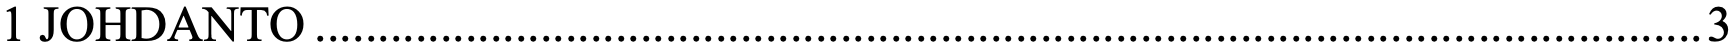
1 JOHDANTO ............................................................................................................... 3